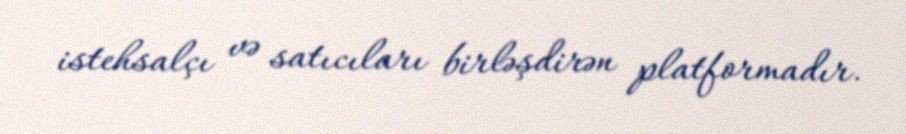
istehsalçı və satıcıları birləşdirən platformadır.